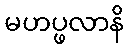
မဟပ္ဖလာနိ